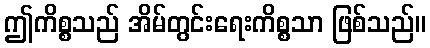
ဤကိစ္စသည် အိမ်တွင်းရေးကိစ္စသာ ဖြစ်သည်။